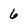
Character: 6